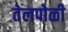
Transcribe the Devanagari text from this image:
तेलपोळी